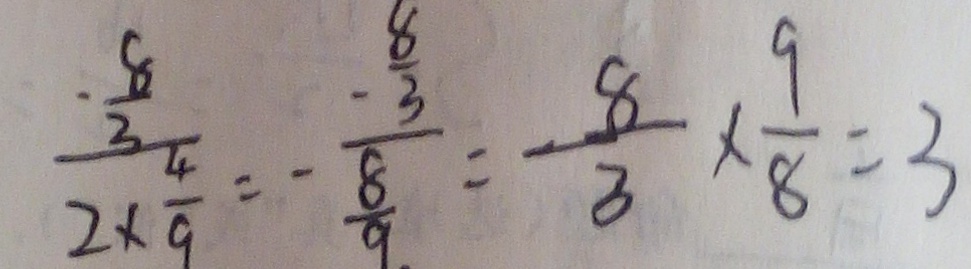
\frac { \frac { 8 } { 3 } } { 2 \times \frac { 4 } { 9 } } = - \frac { - \frac { 8 } { 3 } } { \frac { 8 } { 9 } } = \frac { 8 } { 3 } \times \frac { 9 } { 8 } = 3